Annual vaccination report of Bihar and Orissa - 1911-1928
Year: 1911
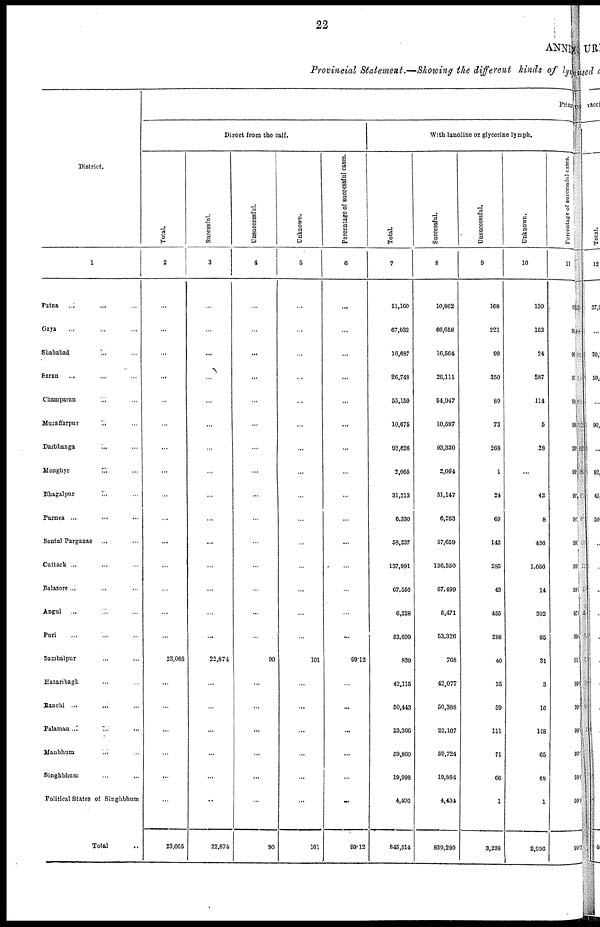
22
ANNE
Provincial Statement.—Showing the different kinds of lym
District.
1
Patna
...
... ...
Gaya ... ... ...
Shahabad
... ...
Saran
... ... ...
Champaran ... ...
Muzaffarpur
... ...
Darbhanga
... ...
Monghyr
... ...
Bhagalpur
... ...
Purnea ...
...
Santal Parganas ... ...
Cuttack ... ... ...
Balasore ... ... ...
Angul ... ... ...
Puri ... ... ...
Sambalpur
... ...
Hazaribagh ... ...
Ranchi ... ... ...
Palamau ... ... ...
Manbhum
... ...
Singhbhum
... ...
Political States of Singhbhum
Total ...
Prima
Direct from the calf.
Total.
2
...
...
...
...
...
...
...
...
...
...
...
...
...
...
...
23,065
...
...
...
...
...
...
23,065
Sucessful.
3
...
...
...
...
...
...
...
...
...
...
...
...
...
...
...
22,874
...
...
...
...
...
...
22,874
Unsuccessful.
4
...
...
...
...
...
...
...
...
...
...
...
...
...
...
...
90
...
...
...
...
...
...
90
Unknown.
5
...
...
...
...
...
...
...
...
...
...
...
...
...
...
...
101
...
...
...
...
...
...
101
Percentage of successful cases.
6
...
...
...
...
...
...
...
...
...
...
...
...
...
...
...
99.12
...
...
...
...
...
...
99.12
With lanoline or glycerine lymph.
Total.
7
11,160
67,032
16,687
26,748
55,150
10,675
93,626
3,065
31,213
6,330
58,237
137,991
67,556
6,228
53,699
839
42,115
50,443
23,366
59,860
19,998
4,496
845,514
Successful.
8
10,862
66,658
16,564
26,111
54,047
10,597
93,330
2,064
31,147
6,253
57,659
136,350
67,499
5,471
53,326
768
42,077
50,388
23,107
59,724
19,884
4,494
839,280
Unsuccessful.
9
168
221
99
350
89
73
268
1
24
69
142
585
43
455
288
40
35
39
111
71
06
1
3,238
Unknown.
10
130
153
24
287
114
5
28
...
42
8
436
1,056
14
302
85
31
3
16
148
65
48
1
2,996
Percentage of successful cases.
11
99
99
99
97
99
99
99
99
99
98
99
98
99
87
99
91
99.
99.
98.
99.
993
99.4
99.5